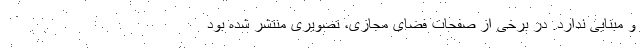
و مبنایی ندارد. در برخی از صفحات فضای مجازی، تصویری منتشر شده بود